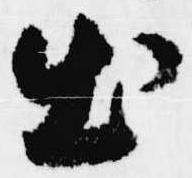
出